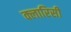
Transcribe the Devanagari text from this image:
क्लारिसी